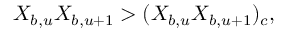
X _ { b , u } X _ { b , u + 1 } > ( X _ { b , u } X _ { b , u + 1 } ) _ { c } ,